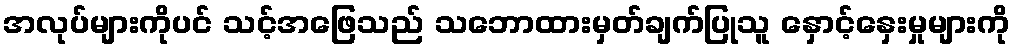
အလုပ်များကိုပင် သင့်အဖြေသည် သဘောထားမှတ်ချက်ပြုသူ နှောင့်နှေးမှုများကို